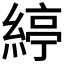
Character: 𦂃